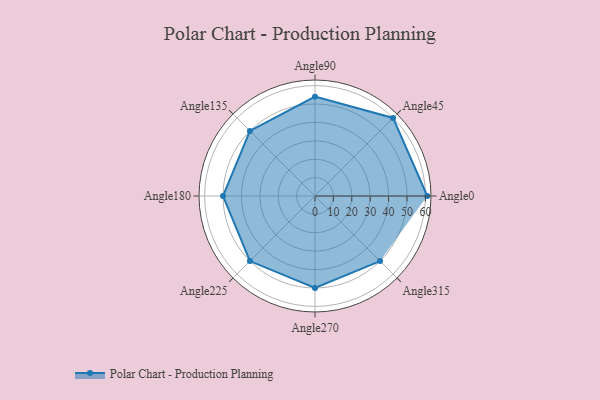
{"axis": {"x": "Angle", "y": "Radius"}, "legend": [""], "data": [{"x": "Angle0", "y": 61.0, "type": ""}, {"x": "Angle45", "y": 60.0, "type": ""}, {"x": "Angle90", "y": 54.0, "type": ""}, {"x": "Angle135", "y": 50, "type": ""}, {"x": "Angle180", "y": 50, "type": ""}, {"x": "Angle225", "y": 50, "type": ""}, {"x": "Angle270", "y": 50, "type": ""}, {"x": "Angle315", "y": 50, "type": ""}]}